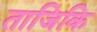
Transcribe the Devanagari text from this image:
ताजिकि